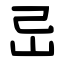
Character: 㞯